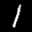
Label: 1